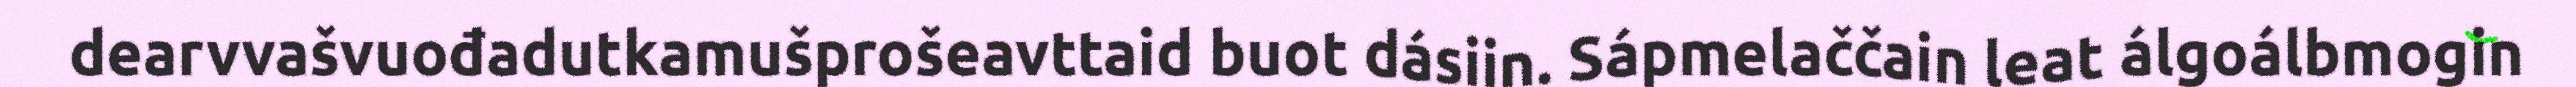
dearvvašvuođadutkamušprošeavttaid buot dásiin. Sápmelaččain leat álgoálbmogin